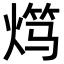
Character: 𬊯